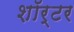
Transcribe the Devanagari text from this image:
शॉर्टर